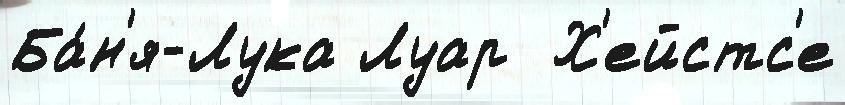
Ба́н'я-Лука Луар  Х'ейстс'е